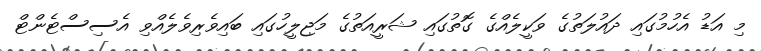
މި އަޑު އެހުމުގައި ދައުލަތުގެ ވަކީލެއްގެ ގޮތުގައި ޝަރީއަތުގެ މަޖިލީހުގައި ބައިވެރިވެލެއްވި އެސިސްޓެންޓް